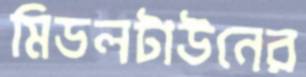
মিডলটাউনের